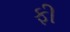
ફી